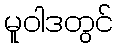
မူဝါဒတွင်